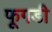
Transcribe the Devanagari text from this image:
फूगडी